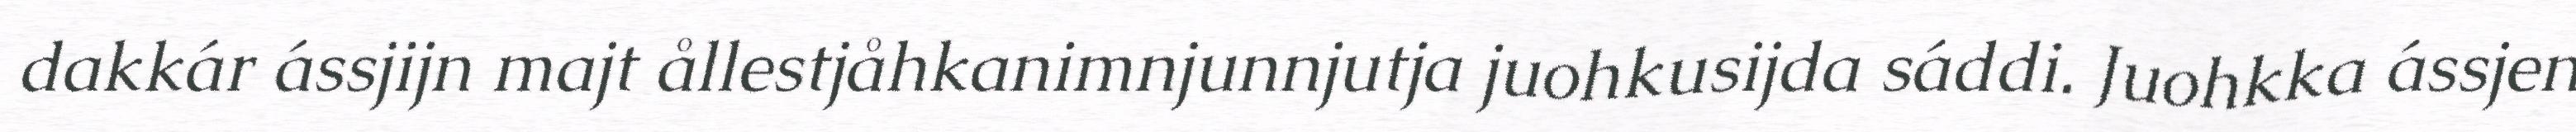
dakkár ássjijn majt ållestjåhkanimnjunnjutja juohkusijda sáddi. Juohkka ássjen